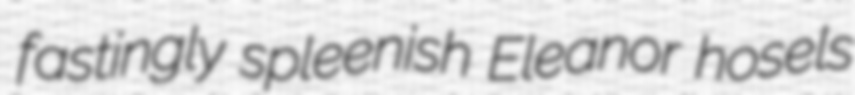
fastingly spleenish Eleanor hosels